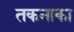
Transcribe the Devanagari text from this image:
तकनाका